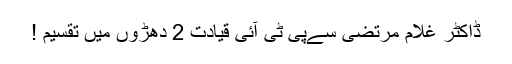
ڈاکٹر غلام مرتضیٰ سےپی ٹی آئی قیادت 2 دھڑوں میں تقسیم !